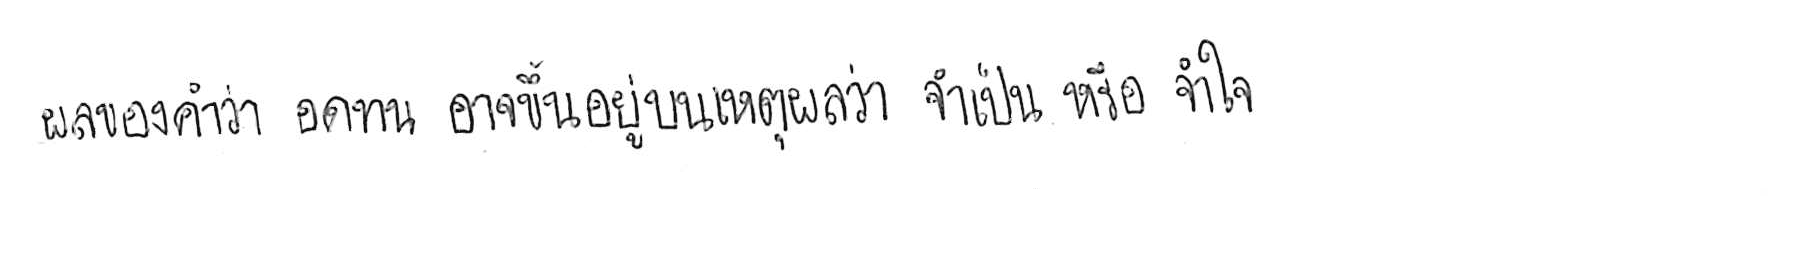
ผลของคำว่า อดทน อาจขึ้นอยู่บนเหตุผลว่า จำเป็น หรือ จำใจ